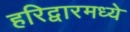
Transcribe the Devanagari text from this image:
हरिद्वारमध्ये